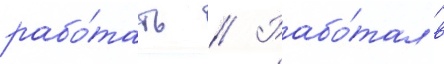
рабо́тать // Рабо́тал в